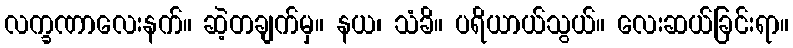
လက္ခဏာလေးနက်။ ဆဲ့တချက်မှ။ နယ၊ သံခိ။ ပရိယာယ်သွယ်။ လေးဆယ်ခြင်းရာ။